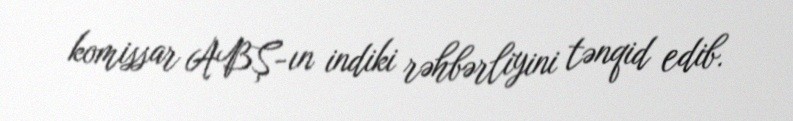
komissar ABŞ-ın indiki rəhbərliyini tənqid edib.